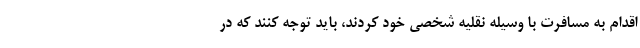
اقدام به مسافرت با وسیله نقلیه شخصی خود کردند، باید توجه کنند که در